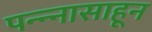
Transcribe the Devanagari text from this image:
पन्‍न्‍नासाहून